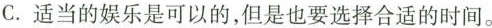
C.适当的娱乐是可以的，但是也要选择合适的时间。